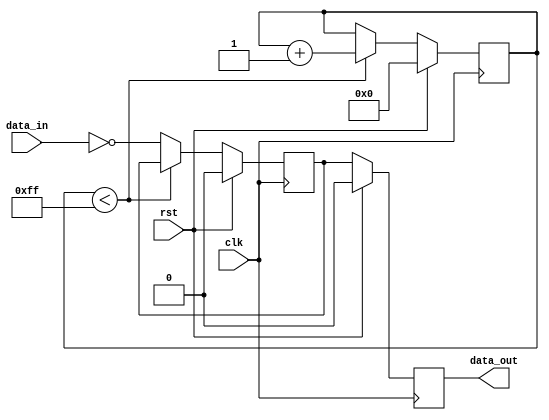
module inverter_delay (
  input clk,
  input rst,
  input data_in,
  output reg data_out
);

reg inverter_output;
reg [7:0] delay_counter;

always @(posedge clk) begin
  if (rst) begin
    delay_counter <= 8'b00000000;
    inverter_output <= 1'b0;
  end else begin
    if (delay_counter < 8'd255) begin
      delay_counter <= delay_counter + 1;
    end else begin
      inverter_output <= ~data_in;
    end
  end
end

always @(posedge clk) begin
  if (rst) begin
    data_out <= 1'b0;
  end else begin
    data_out <= inverter_output;
  end
end

endmodule